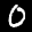
Label: 0